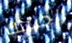
احببتك